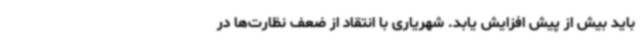
باید بیش از پیش افزایش یابد. شهریاری با انتقاد از ضعف نظارت‌ها در